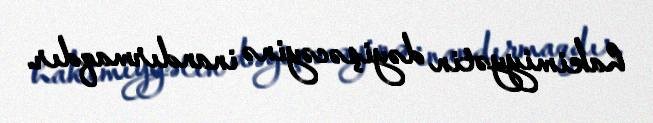
hakimiyyətin dəyişəcəyinə inandırmaqdır.